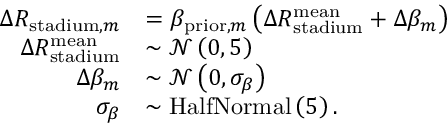
\begin{array} { r l } { \Delta R _ { \mathrm { s t a d i u m } , m } } & { = \beta _ { \mathrm { p r i o r } , m } \left( \Delta R _ { \mathrm { s t a d i u m } } ^ { \mathrm { m e a n } } + \Delta \beta _ { m } \right) } \\ { \Delta R _ { \mathrm { s t a d i u m } } ^ { \mathrm { m e a n } } } & { \sim \mathcal { N } \left( 0 , 5 \right) } \\ { \Delta \beta _ { m } } & { \sim \mathcal { N } \left( 0 , \sigma _ { \beta } \right) } \\ { \sigma _ { \beta } } & { \sim \mathrm { H a l f N o r m a l } \left( 5 \right) . } \end{array}